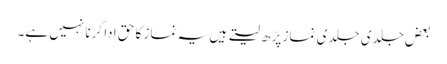
بعض جلدی جلدی نماز پڑھ لیتے ہیں یہ نماز کا حق ادا کرنا نہیں ہے۔